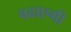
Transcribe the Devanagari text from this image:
बढाएगी